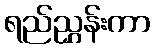
ရည်ညွှန်းကာ